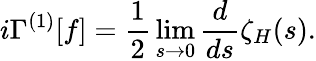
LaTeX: i\Gamma^{(1)}[f]={\frac{1}{2}}\operatorname*{lim}_{s\to 0}{\frac{d}{ds}}\zeta_{H}(s).